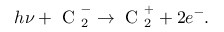
h \nu + \textrm { C } _ { 2 } ^ { - } \to \textrm { C } _ { 2 } ^ { + } + 2 e ^ { - } .